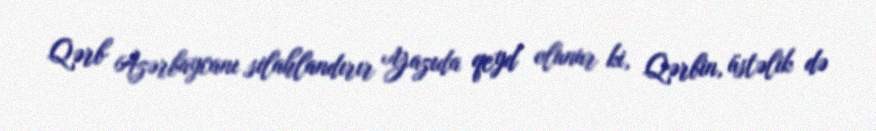
Qərb Azərbaycanı silahlandırır Yazıda qeyd olunur ki, Qərbin, üstəlik də